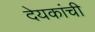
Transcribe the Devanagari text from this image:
देयकांची